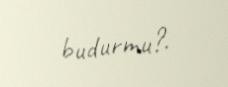
budurmu?.